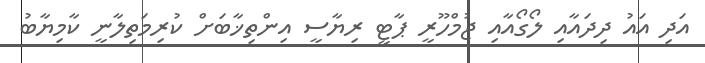
އަދި އައު ދިދައާއި ލޯގޯއާއި ޖުމްހޫރީ ޕާޓީ ރިޔާސީ އިންތިޚާބަށް ކުރިމަތިލާނީ ކާމިޔާބު